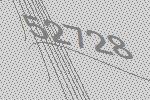
52728